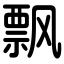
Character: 飘